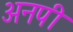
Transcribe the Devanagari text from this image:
अनपी